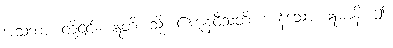
အသုဘာ၊ တို့၎င်း။ ဣတိ၊ သို့။ ဧကူနဝီသတိ၊ ကုန်သော။ ဣမာနိ၊ ဤ